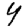
Digit: 4